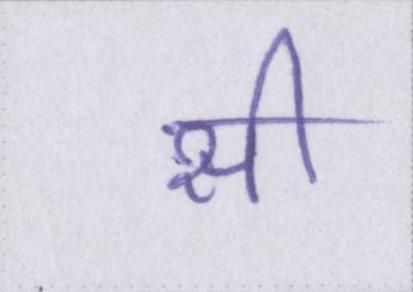
सी